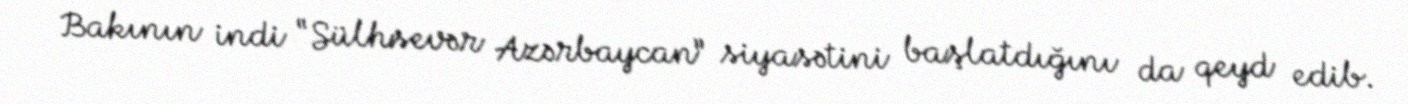
Bakının indi “Sülhsevər Azərbaycan” siyasətini başlatdığını da qeyd edib.